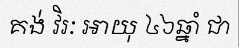
គង់ វិរៈ អាយុ ៤៦ឆ្នាំ ជា